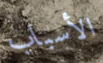
الأسباب